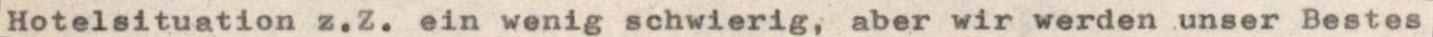
Hotelsituation z.Z. ein wenig schwierig, aber wir werden unser Bestes